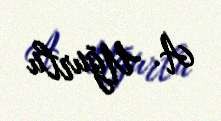
A. Uğurlu